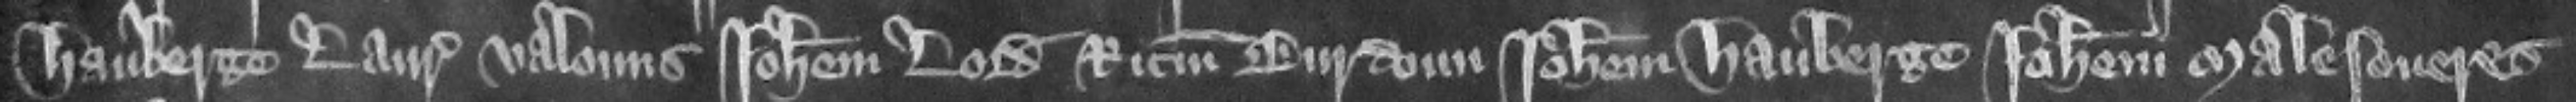
Hauberge Laurencium Valouns Iohannem Lord Ricardum Burdoun Iohannem Hauberge Johannem Malesoueres